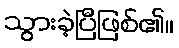
သွားခဲ့ပြီဖြစ်၏။